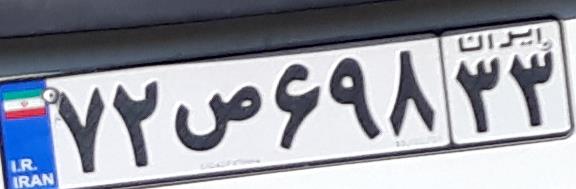
۷۲ص۶۹۸۳۳